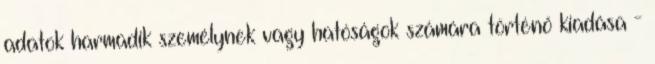
adatok harmadik személynek vagy hatóságok számára történő kiadása -